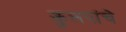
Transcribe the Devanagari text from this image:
कुलपांचे